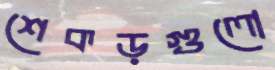
শেকড়গুলো